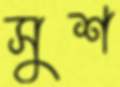
সুশ